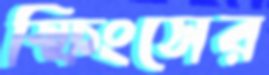
স্ফিংসের